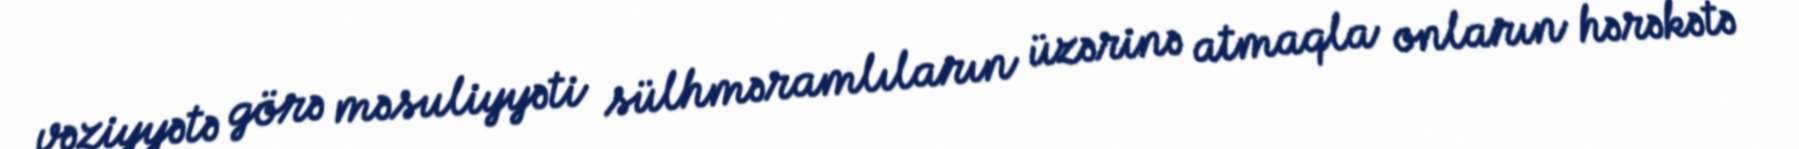
vəziyyətə görə məsuliyyəti sülhməramlıların üzərinə atmaqla onların hərəkətə